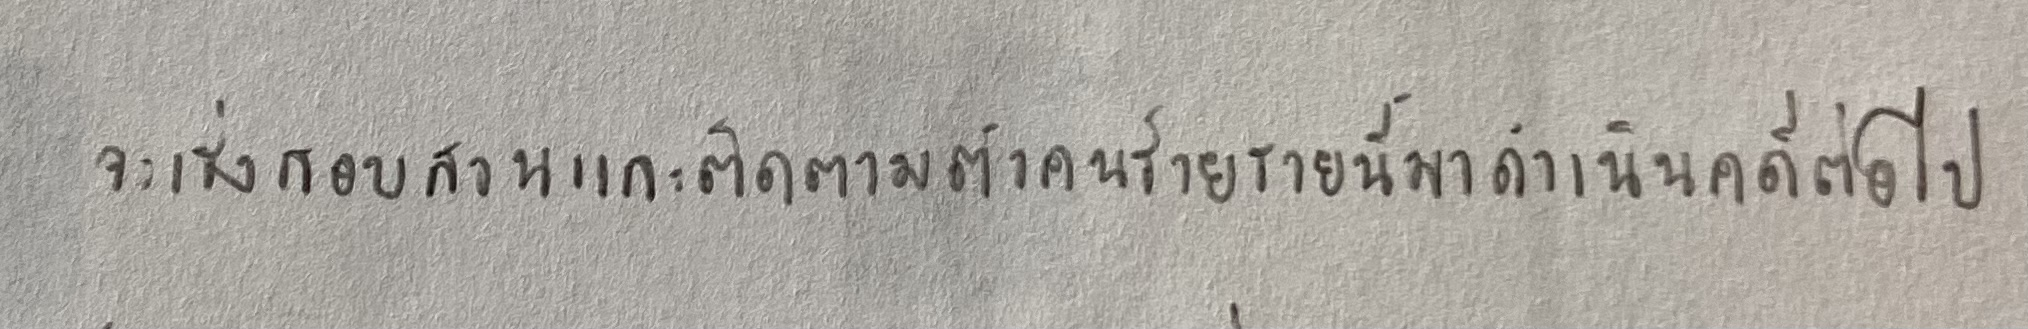
จะเร่งสอบสวนและติดตามตัวคนร้ายรายนี้มาดำเนินคดีต่อไป